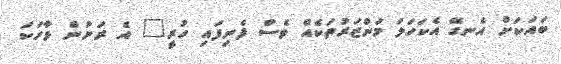
ބައަކަށް އެނގޭ އެކަހަލަ މަންޒަރުތަކެއް ވެސް ފެނިފައި ހުރީ" އެ ރަށުން ވާހަކަ